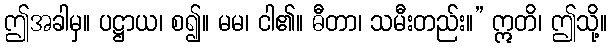
ဤအခါမှ။ ပဋ္ဌာယ၊ စ၍။ မမ၊ ငါ၏။ ဓီတာ၊ သမီးတည်း။” ဣတိ၊ ဤသို့။